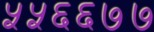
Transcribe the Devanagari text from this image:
५५६६७७